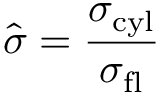
\hat { \sigma } = { \frac { \sigma _ { \mathrm { c y l } } } { \sigma _ { \mathrm { f l } } } }